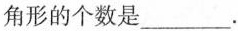
角形的个数是___.